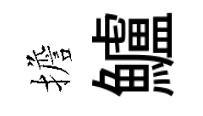
擔鱸